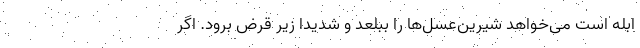
ابله است می‌خواهد شیرین‌عسل‌ها را ببلعد و شدیداً زیر قرض برود. اگر